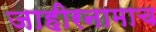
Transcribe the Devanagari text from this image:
जाहीरनामाच